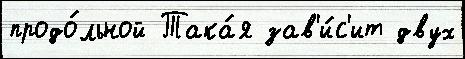
продо́льной Така́я зав'и́с'ит двух